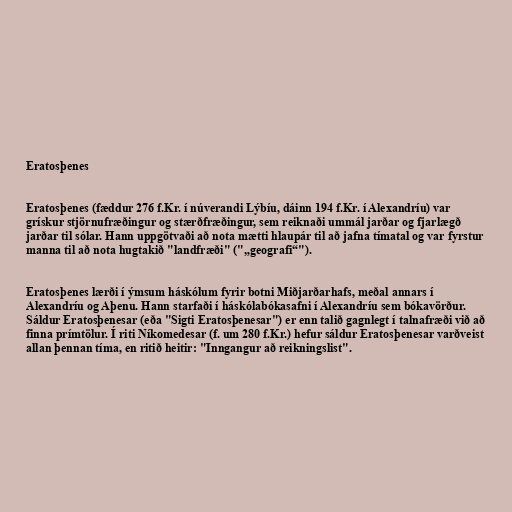
Eratosþenes

Eratosþenes (fæddur 276 f.Kr. í núverandi Lýbíu, dáinn 194 f.Kr. í Alexandríu) var
grískur stjörnufræðingur og stærðfræðingur, sem reiknaði ummál jarðar og fjarlægð
jarðar til sólar. Hann uppgötvaði að nota mætti hlaupár til að jafna tímatal og var fyrstur
manna til að nota hugtakið "landfræði" ("„geografi“").

Eratosþenes lærði í ýmsum háskólum fyrir botni Miðjarðarhafs, meðal annars í
Alexandríu og Aþenu. Hann starfaði í háskólabókasafni í Alexandríu sem bókavörður.
Sáldur Eratosþenesar (eða "Sigti Eratosþenesar") er enn talið gagnlegt í talnafræði við að
finna prímtölur. Í riti Níkomedesar (f. um 280 f.Kr.) hefur sáldur Eratosþenesar varðveist
allan þennan tíma, en ritið heitir: "Inngangur að reikningslist".